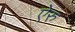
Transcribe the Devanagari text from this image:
ऐरु